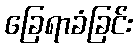
ခြေရာခံခြင်း